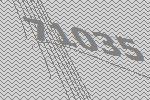
71035